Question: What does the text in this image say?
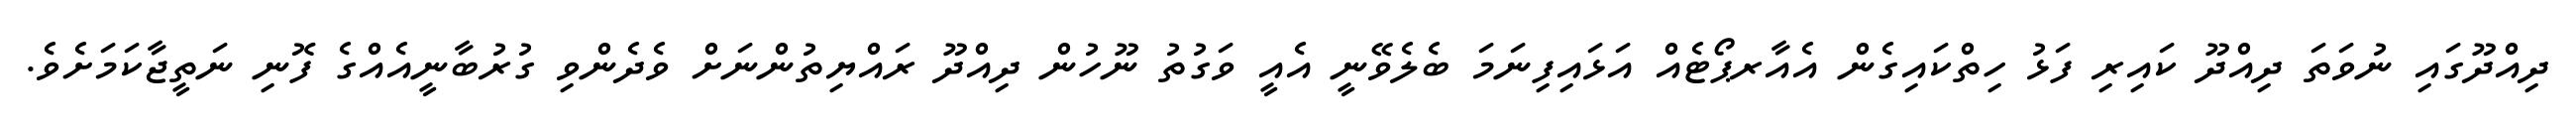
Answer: ދިއްދޫގައި ނުވަތަ ދިއްދޫ ކައިރި ފަޅު ހިތްކައިގެން އެއާރޕޯޓެއް އަޅައިފިނަމަ ބެލެވޭނީ އެއީ ވަގުތު ނޫހުން ދިއްދޫ ރައްޔިތުންނަށް ވެދެންވި ގުރުބާނީއެއްގެ ފޮނި ނަތީޖާކަމަށެވެ.